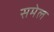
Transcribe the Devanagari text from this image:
समेल